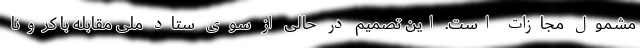
مشمول مجازات است. این تصمیم در حالی از سوی ستاد ملی مقابله با کرونا